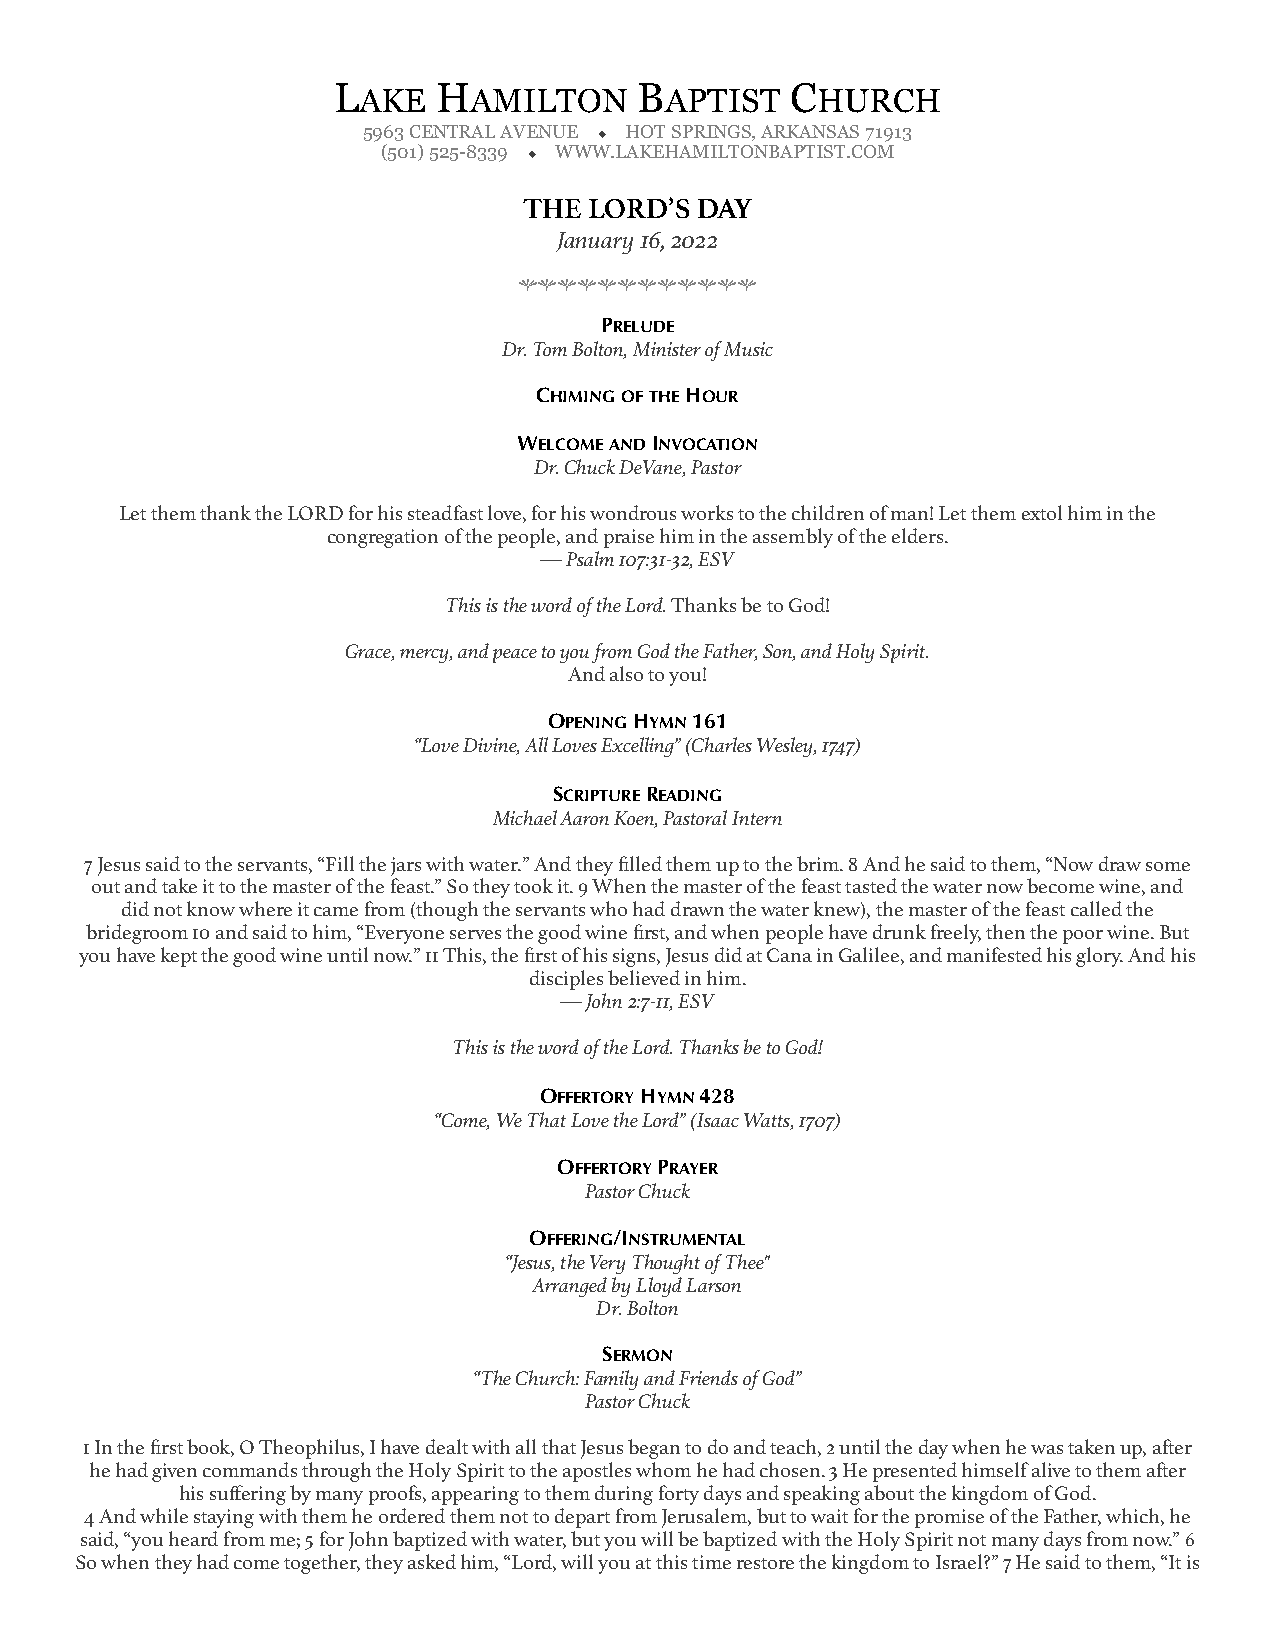
L      H            B         C
 AKE    AMILTON      APTIST    HURCH
 5963 CENTRAL AVENUE ◆ HOT SPRINGS, ARKANSAS 71913
 (501) 525-8339 ◆ WWW.LAKEHAMILTONBAPTIST.COM
 THE LORD’S DAY
 January 16, 2022
 hhhhhhhhhhhh
 PRELUDE
 Dr. Tom Bolton, Minister of Music
 CHIMING OF THE HOUR
 WELCOME AND INVOCATION
 Dr. Chuck DeVane, Pastor
 Let them thank the LORD for his steadfast love, for his wondrous works to the children of man! Let them extol him in the
 congregation of the people, and praise him in the assembly of the elders.
 — Psalm 107:31-32, ESV
 This is the word of the Lord. Thanks be to God!
 Grace, mercy, and peace to you from God the Father, Son, and Holy Spirit.
 And also to you!
 OPENING HYMN 161
 “Love Divine, All Loves Excelling” (Charles Wesley, 1747)
 SCRIPTURE READING
 Michael Aaron Koen, Pastoral Intern
 7 Jesus said to the servants, “Fill the jars with water.” And they filled them up to the brim. 8 And he said to them, “Now draw some
 out and take it to the master of the feast.” So they took it. 9 When the master of the feast tasted the water now become wine, and
 did not know where it came from (though the servants who had drawn the water knew), the master of the feast called the
 bridegroom 10 and said to him, “Everyone serves the good wine first, and when people have drunk freely, then the poor wine. But
 you have kept the good wine until now.” 11 This, the first of his signs, Jesus did at Cana in Galilee, and manifested his glory. And his
 disciples believed in him.
 — John 2:7-11, ESV
 This is the word of the Lord. Thanks be to God!
 OFFERTORY HYMN 428
 “Come, We That Love the Lord” (Isaac Watts, 1707)
 OFFERTORY PRAYER
 Pastor Chuck
 OFFERING/INSTRUMENTAL
 “Jesus, the Very Thought of Thee"
 Arranged by Lloyd Larson
 Dr. Bolton
 SERMON
 “The Church: Family and Friends of God”
 Pastor Chuck
 1 In the first book, O Theophilus, I have dealt with all that Jesus began to do and teach, 2 until the day when he was taken up, after
 he had given commands through the Holy Spirit to the apostles whom he had chosen. 3 He presented himself alive to them after
 his suffering by many proofs, appearing to them during forty days and speaking about the kingdom of God.
 4 And while staying with them he ordered them not to depart from Jerusalem, but to wait for the promise of the Father, which, he
 said, “you heard from me; 5 for John baptized with water, but you will be baptized with the Holy Spirit not many days from now.” 6
 So when they had come together, they asked him, “Lord, will you at this time restore the kingdom to Israel?” 7 He said to them, “It is